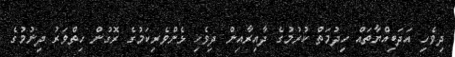
ދިވެހި އަދަބިއްޔާތައް ހިދުމަތް ކުރުމުގެ ދާއިރާއިން ދިވެހި ޅެންވެރިކަމުގެ ރޮގުން ހިތްވަރު ދިނުމުގެ